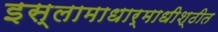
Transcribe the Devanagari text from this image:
इस्लामाधार्माधीश्ठीत